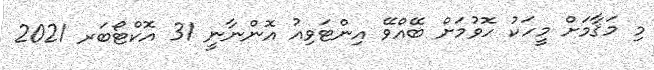
މި މަޤާމަށް މީހަކު ހޮވުމަށް ބޭއްވޭ އިންޓަވިއު އޮންނާނީ 31 އޮކްޓޯބަރ 2021